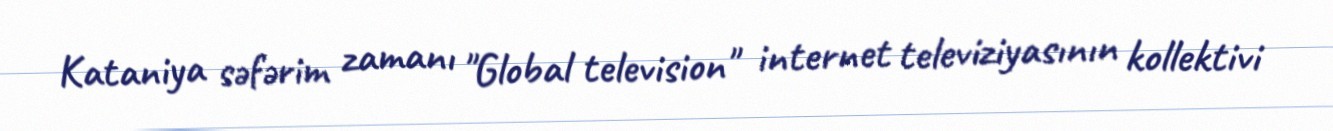
Kataniya səfərim zamanı "Global television" internet televiziyasının kollektivi